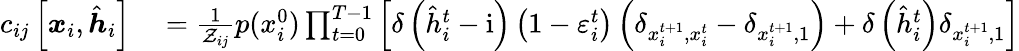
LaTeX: \begin{array}{rl}{c_{ij}\left[\boldsymbol{x}_{i},\hat{\boldsymbol{h}}_{i}\right]}&{{}=\frac{1}{\mathcal{Z}_{ij}}p(x_{i}^{0})\prod_{t=0}^{T-1}\left[\delta\left(\hat{h}_{i}^{t}-\mathrm{i}\right)\left(1-\varepsilon_{i}^{t}\right)\left(\delta_{x_{i}^{t+1},x_{i}^{t}}-\delta_{x_{i}^{t+1},1}\right)+\delta\left(\hat{h}_{i}^{t}\right)\delta_{x_{i}^{t+1},1}\right]}\end{array}